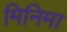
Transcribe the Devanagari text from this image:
मिनिमा